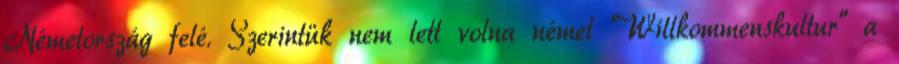
Németország felé. Szerintük nem lett volna német "Willkommenskultur" a